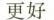
更好